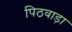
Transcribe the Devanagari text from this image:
पिठवाड़ा